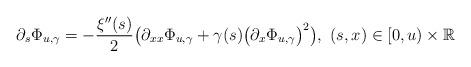
LaTeX: \begin{align*}\partial_s \Phi_{u,\gamma}&=-\frac{\xi''(s)}{2}\bigl(\partial_{xx}\Phi_{u,\gamma}+\gamma(s)\bigl(\partial_x\Phi_{u,\gamma}\bigr)^2\bigr),\,\,(s,x)\in [0,u)\times\mathbb{R}\end{align*}